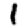
Digit: 1